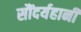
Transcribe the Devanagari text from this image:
सौंदर्यहानी